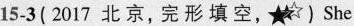
15-3 ( 2017 北 京,完 形 填 空,)she